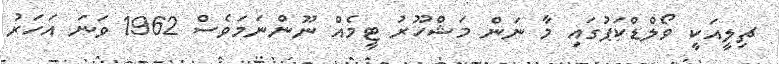
ޗިލީއަކީ ވޯލްޑްކަޕުގައި މާ ނަން މަޝްހޫރު ޓީމެއް ނޫންނަމަވެސް 1962 ވަނަ އަހަރު